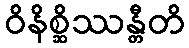
ဝိနိစ္ဆိဿန္တီတိ